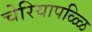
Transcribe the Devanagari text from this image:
चेरियापळ्ळि